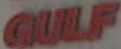
GULF